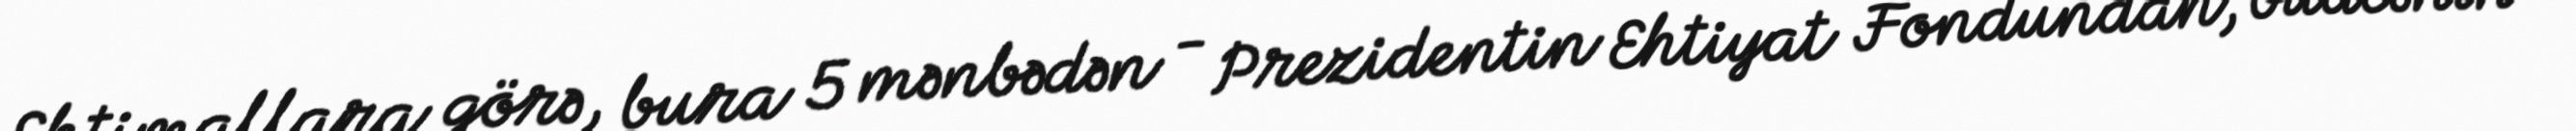
Ehtimallara görə, bura 5 mənbədən - Prezidentin Ehtiyat Fondundan, büdcənin